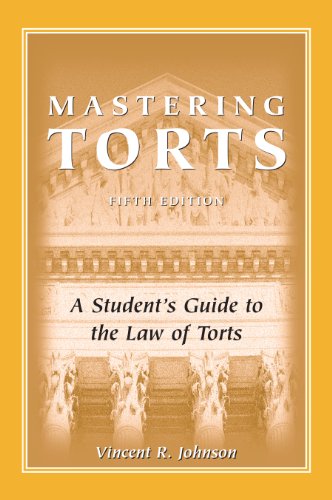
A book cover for Mastering Torts: A Student's Guide to the Law of Torts, Fifth Edition; Vincent R. Johnson; Law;